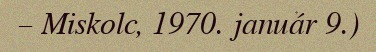
– Miskolc, 1970. január 9.)